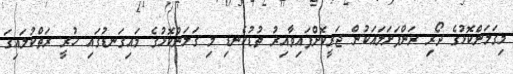
މިގަލަންކޮޅުގެ ދޯރި ރަންފަށަލައަކުން ޖަރީކޮށްފައިވާއިރު ތުޑުކެނޑި މި ގަލަންކޮޅުގެ މައިގަނޑުގައި ހުރީ ރަތްކުލައިގަ